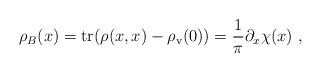
\begin{align*}\rho_B(x)={\rm tr}(\rho(x,x)-\rho_{\rm v}(0))= \frac{1}{\pi}\partial_x \chi(x) \ ,\end{align*}